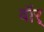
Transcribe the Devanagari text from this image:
वॉर्